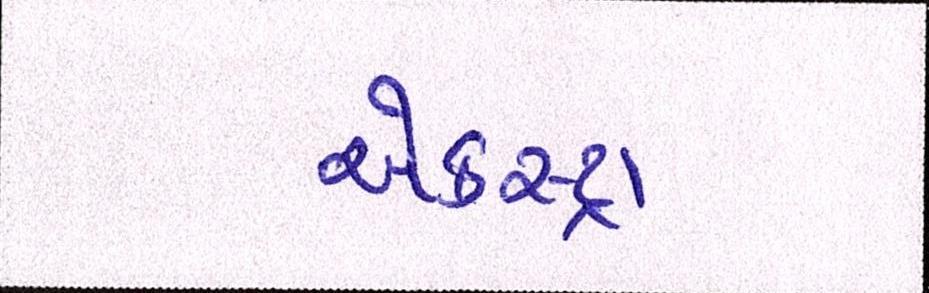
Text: એકસ્ટ્રા